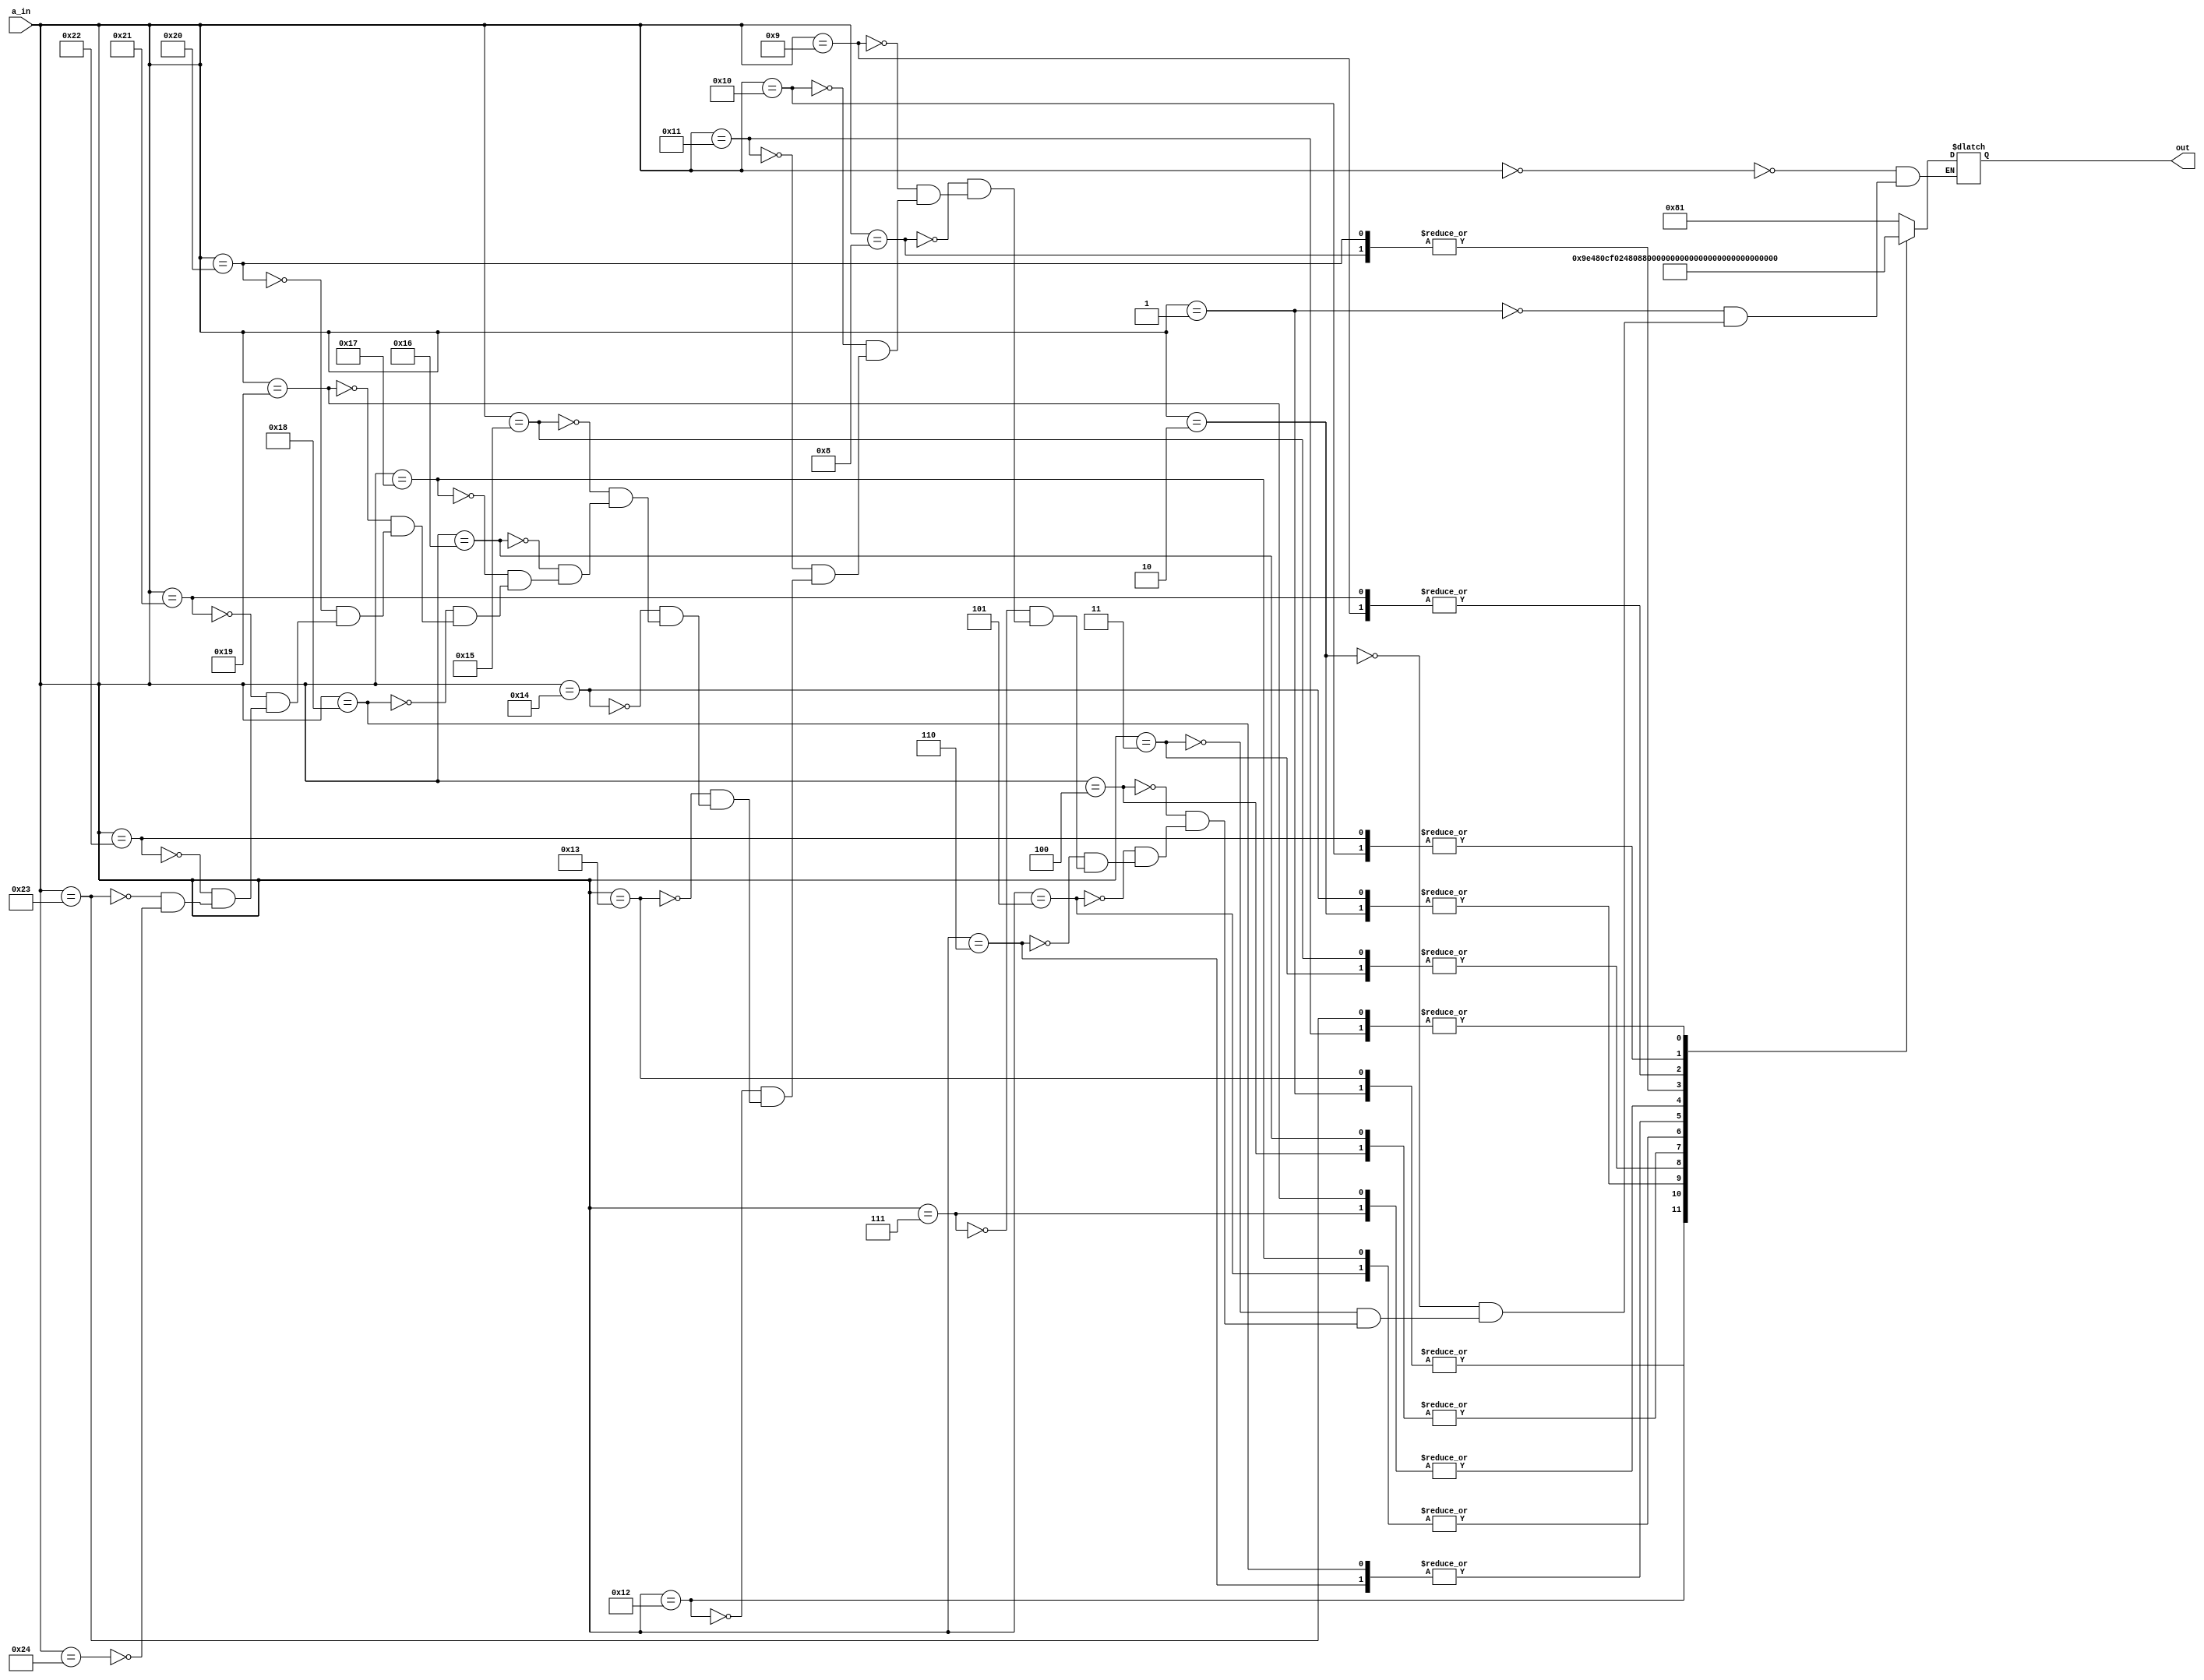
`timescale 1ns / 1ps
//////////////////////////////////////////////////////////////////////////////////
// Company: 
// Engineer: 
// 
// Design Name: 
// Module Name: sevdectwelvehr
// Project Name: 
// Target Devices: 
// Tool Versions: 
// Description: 
// 
// Dependencies: 
// 
// Revision:
// Revision 0.01 - File Created
// Additional Comments:
// 
//////////////////////////////////////////////////////////////////////////////////


module sevdectwelvehr(a_in,out);
  input [7:0] a_in;
  output reg [13:0] out;
    always @(*) begin
        case (a_in)
            8'b00000000: out = 14'b00000010000001;//00
            8'b00000001: out = 14'b00000011001111;//01
            8'b00000010: out = 14'b00000010010010;//02
            8'b00000011: out = 14'b00000010000110;//03
            8'b00000100: out = 14'b00000011001100;//04
            8'b00000101: out = 14'b00000010100100;//05
            8'b00000110: out = 14'b00000010100000;//06
            8'b00000111: out = 14'b00000010001111;//07
            8'b00001000: out = 14'b00000010000000;//08
            8'b00001001: out = 14'b00000010000100;//09
            8'b00010000: out = 14'b10011110000001;//10
            8'b00010001: out = 14'b10011111001111;//11
            8'b00010010: out = 14'b10011110010010;//12
            8'b00010011: out = 14'b00000011001111;//01
            8'b00010100: out = 14'b00000010010010;//02
            8'b00010101: out = 14'b00000010000110;//03
            8'b00010110: out = 14'b00000011001100;//04
            8'b00010111: out = 14'b00000010100100;//05
            8'b00011000: out = 14'b00000010100000;//06
            8'b00011001: out = 14'b00000010001111;//07
            8'b00100000: out = 14'b00000010000000;//08
            8'b00100001: out = 14'b00000010000100;//09
            8'b00100010: out = 14'b10011110000001;//10
            8'b00100011: out = 14'b10011111001111;//11
            8'b00100100: out = 14'b00000010000001;//00
         endcase
       end           
endmodule